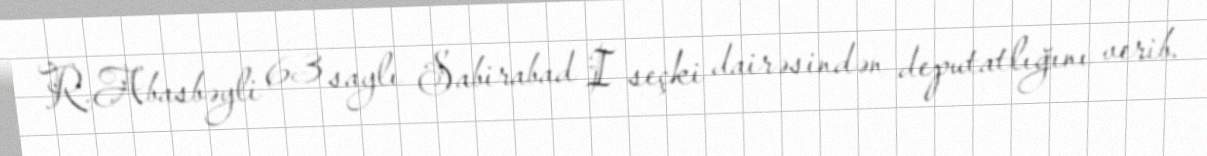
R.Abasbəyli 63 saylı Sabirabad I seçki dairəsindən deputatlığını verib.